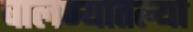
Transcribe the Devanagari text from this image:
चालण्यातल्या